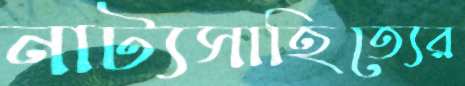
নাট্যসাহিত্যের